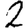
Digit: 2